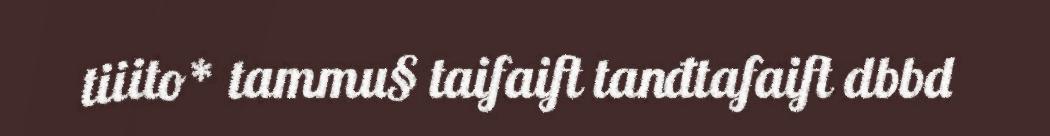
tiiito* tammu§ taifaift tanđtafaift dbbd